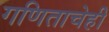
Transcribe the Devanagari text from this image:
गणिताचेही